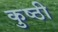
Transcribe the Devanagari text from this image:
कुष्ठी